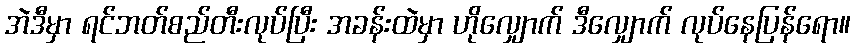
အဲဒီမှာ ရင်ဘတ်စည်တီးလုပ်ပြီး အခန်းထဲမှာ ဟိုလျှောက် ဒီလျှောက် လုပ်နေပြန်ရော။